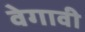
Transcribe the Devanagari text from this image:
वेगावी